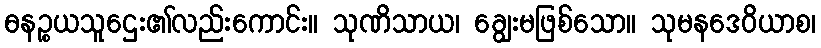
ဓနဉ္စယသူဌေး၏လည်းကောင်း။ သုဏိသာယ၊ ချွေးမဖြစ်သော။ သုမနဒေဝိယာစ၊